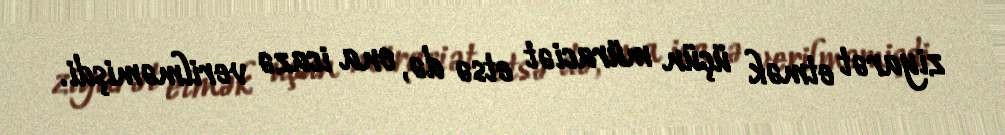
ziyarət etmək üçün müraciət etsə də, ona icazə verilməmişdi.